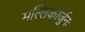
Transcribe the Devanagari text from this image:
मल्लिकार्जुनः